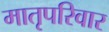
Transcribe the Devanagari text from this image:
मातृपरिवार